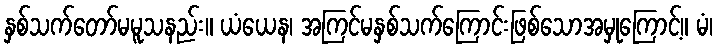
နှစ်သက်တော်မမူသနည်း။ ယံယေန၊ အကြင်မနှစ်သက်ကြောင်းဖြစ်သောအမှုကြောင့်။ မံ၊